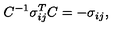
C ^ { - 1 } \sigma _ { i j } ^ { T } C = - \sigma _ { i j } ,